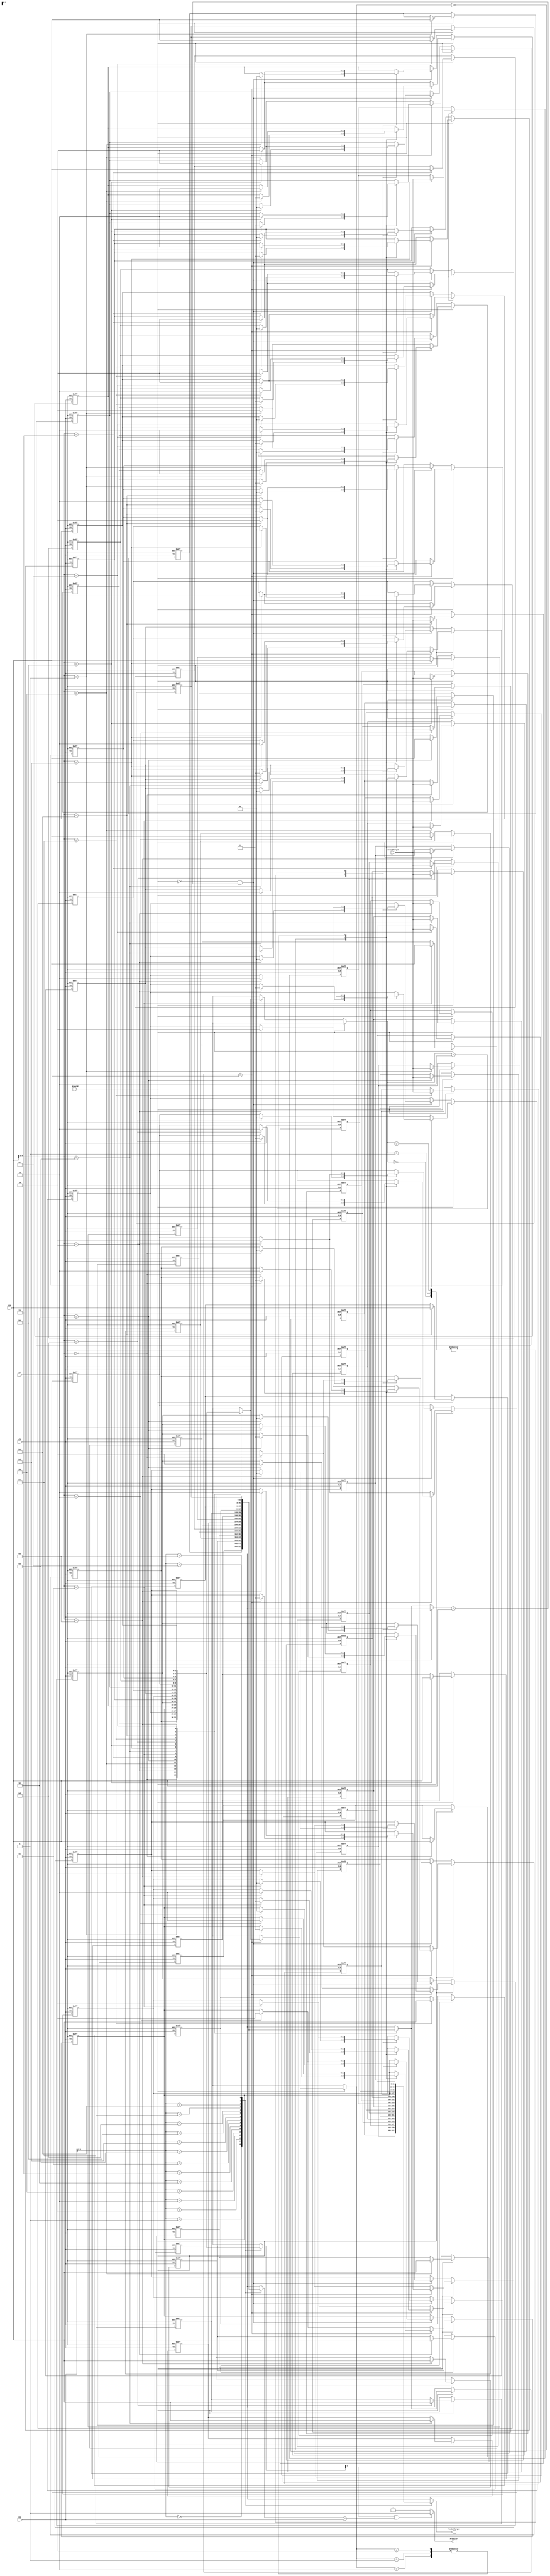
`timescale 1ns / 1ps

module BHT(
    input wire clk,
    input wire rst,
    input wire [31:0] PCF,
    input wire [31:0] PCE,
    input wire BranchE,
    input wire [31:0] BranchTarget,
    output reg PredictF,
    output wire [31:0] PredictTarget
    );

    localparam LEN = 4;
    localparam SIZE = 1 << LEN;
    reg [31:0] BranchPC [0:SIZE-1];
    reg [31:0] PredictPC [0:SIZE-1];
    reg [1:0] State [0:SIZE-1];

    wire [LEN-1:0] PCF_Index = PCF[LEN+1:2];
    wire [LEN-1:0] PCE_Index = PCE[LEN+1:2];

    assign PredictTarget = PredictPC[PCF_Index];

    always @ (*) begin
        if (State[PCF_Index][1] && (BranchPC[PCF_Index] == PCF))
            PredictF <= 1;
        else
            PredictF <= 0;
    end

    integer i;
    always @ (negedge clk or posedge rst) begin
        if (rst) begin
            for (i = 0; i < SIZE; i = i + 1) begin
                BranchPC[i] <= 0;
                PredictPC[i] <= 0;
                State[i] <= 0;
            end
        end
        else if (BranchE) begin
            BranchPC[PCE_Index] <= PCE;
            PredictPC[PCE_Index] <= BranchTarget;
            
            if (BranchPC[PCE_Index] == PCE) begin
                case(State[PCE_Index])
                    2'b00: State[PCE_Index] <= 2'b01;
                    2'b01: State[PCE_Index] <= 2'b11;
                    2'b10: State[PCE_Index] <= 2'b11;
                    2'b11: State[PCE_Index] <= 2'b11;
                endcase
            end
            else begin
                State[PCE_Index] <= 2'b10;
            end
        end
        else if (!BranchE && (BranchPC[PCE_Index] == PCE)) begin
            case(State[PCE_Index])
                2'b00: State[PCE_Index] <= 2'b00;
                2'b01: State[PCE_Index] <= 2'b00;
                2'b10: State[PCE_Index] <= 2'b00;
                2'b11: State[PCE_Index] <= 2'b10;
            endcase
        end
    end

endmodule